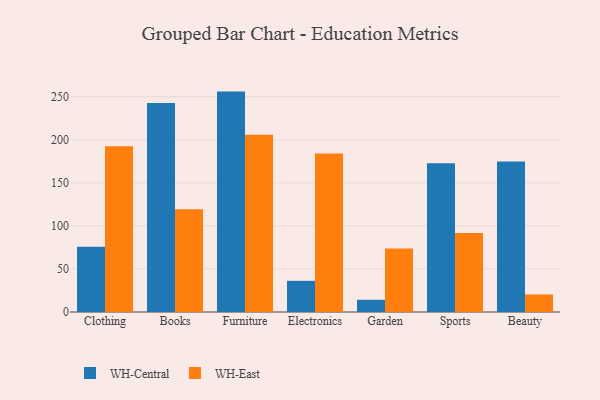
{"axis": {"x": "Category", "y": "Net Income (USD K)"}, "legend": ["WH-Central", "WH-East"], "data": [{"x": "Clothing", "y": 75.7, "type": "WH-Central"}, {"x": "Clothing", "y": 192.5, "type": "WH-East"}, {"x": "Books", "y": 242.7, "type": "WH-Central"}, {"x": "Books", "y": 119.2, "type": "WH-East"}, {"x": "Furniture", "y": 255.9, "type": "WH-Central"}, {"x": "Furniture", "y": 205.8, "type": "WH-East"}, {"x": "Electronics", "y": 36.2, "type": "WH-Central"}, {"x": "Electronics", "y": 183.9, "type": "WH-East"}, {"x": "Garden", "y": 14.2, "type": "WH-Central"}, {"x": "Garden", "y": 73.8, "type": "WH-East"}, {"x": "Sports", "y": 172.7, "type": "WH-Central"}, {"x": "Sports", "y": 91.7, "type": "WH-East"}, {"x": "Beauty", "y": 174.7, "type": "WH-Central"}, {"x": "Beauty", "y": 20.4, "type": "WH-East"}]}